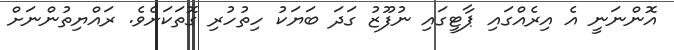
އޮންނަނީ އެ އިރެއްގައި ޕާޓީގައި ނުފޫޒު ގަދަ ބަޔަކު ހިތުހުރި ގޮތަކަށެވެ. ރައްޔިތުންނަށް